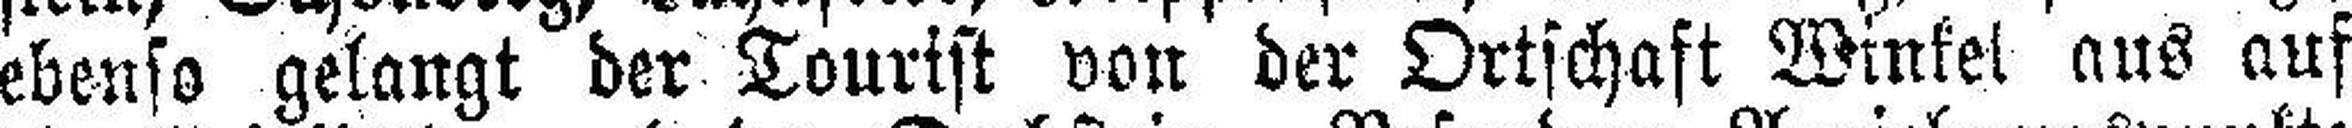
ebenso gelangt der Tourist von der Ortschaft Winkel aus auf